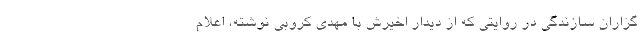
گزاران سازندگی در روایتی که از دیدار اخیرش با مهدی کروبی نوشته، اعلام